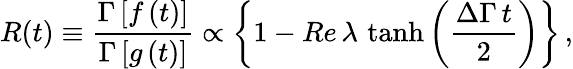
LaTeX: R(t)\equiv{\frac{\Gamma\left[f\left(t\right)\right]}{\Gamma\left[g\left(t\right)\right]}}\propto\left\{ 1-Re\, \lambda\, \operatorname{tanh}\left(\frac{\Delta\Gamma\, t}{2}\right)\right\} \, ,